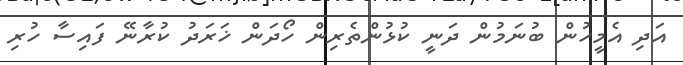
އަދި އެމީހުން ބުނަމުން ދަނީ ކުޅުންތެރިން ހޯދަން ޚަރަދު ކުރާނޭ ފައިސާ ހުރި